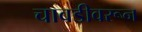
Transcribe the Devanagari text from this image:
चावडीवरून